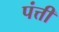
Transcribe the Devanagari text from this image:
पंत्ती